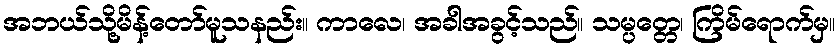
အဘယ်သို့မိန့်တော်မူသနည်း။ ကာလေ၊ အခါအခွင့်သည်။ သမ္ပတ္တေ၊ ကြိမ်ရောက်မှ။